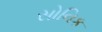
સોનિક